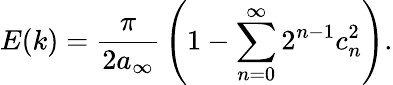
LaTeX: E(k)={\frac{\pi}{2a_{\infty}}}\left(1-\sum_{n=0}^{\infty}2^{n-1}c_{n}^{2}\right).